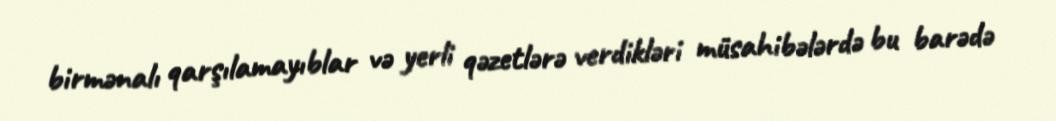
birmənalı qarşılamayıblar və yerli qəzetlərə verdikləri müsahibələrdə bu barədə